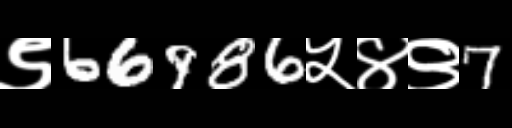
Text: ९66986५४९7